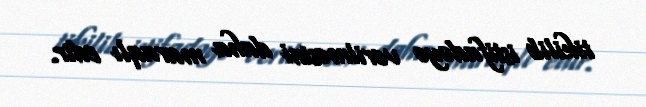
tikilib istifadəyə verilməsini daha maraqlı edir.